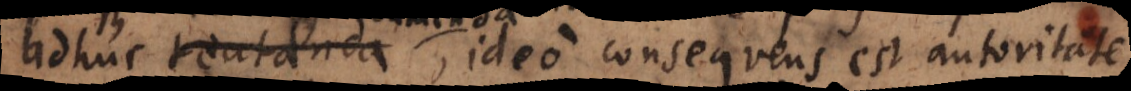
adhuc tentanda,, ideo consequens est autoritate